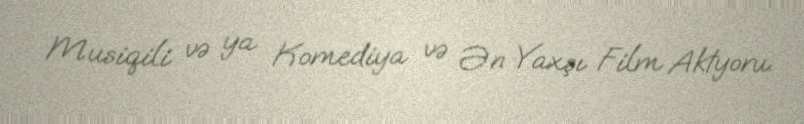
Musiqili və ya Komediya və Ən Yaxşı Film Aktyoru.